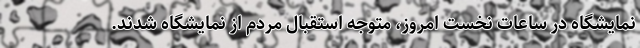
نمایشگاه در ساعات نخست امروز، متوجه استقبال مردم از نمایشگاه شدند.